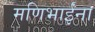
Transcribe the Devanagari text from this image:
मणिभाईंना